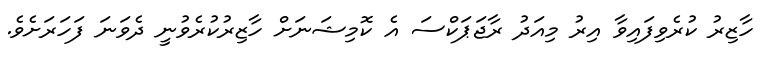
ހާޒިރު ކުރެވިފައިވާ އިރު މިއަދު ރާޖަޕަކްސަ އެ ކޮމިޝަނަށް ހާޒިރުކުރެވުނީ ދެވަނަ ފަހަރަށެވެ.